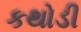
કથોડી